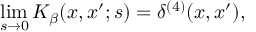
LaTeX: \operatorname * { l i m } _ { s \rightarrow 0 } K _ { \beta } ( x , x ^ { \prime } ; s ) = \delta ^ { ( 4 ) } ( x , x ^ { \prime } ) ,